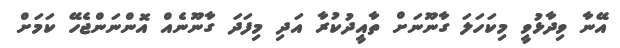
އޭނާ ވިދާޅުވީ މިކަހަލަ ގާނޫނަށް ތާއީދުކުރާ އަދި މިފަދަ ގާނޫނެއް އޮންނަންޖެހޭ ކަމަށް